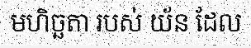
មហិច្ឆតា របស់ យ័ន ដែល